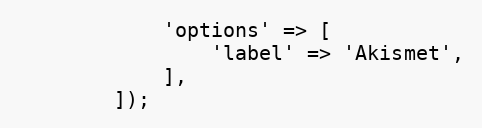
Language: PHP
            'options' => [
                'label' => 'Akismet',
            ],
        ]);